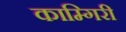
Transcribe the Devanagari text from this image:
काम्गिरी